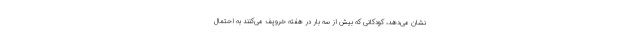
نشان می‌دهد، کودکانی که بیش از سه بار در هفته خروپف می‌کنند به احتمال